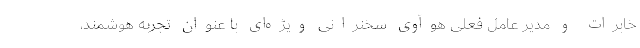
خابرات و مدیر عامل فعلی هوآوی سخنرانی ویژه‌ای‌ با عنوان تجربه هوشمند،